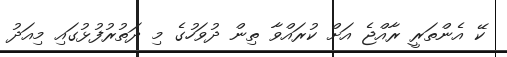
ކޭ އެންތަރީ ރާއްޖެ އަށް ކުރައްވާ ތިން ދުވަހުގެ މި ދަތުރުފުޅުގައި މިއަދު